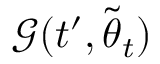
\mathcal { G } ( t ^ { \prime } , \tilde { { \boldsymbol { \theta } } } _ { t } )